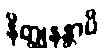
နိတ္ထုနန္တာပိ